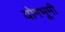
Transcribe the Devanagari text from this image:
योगभूमी